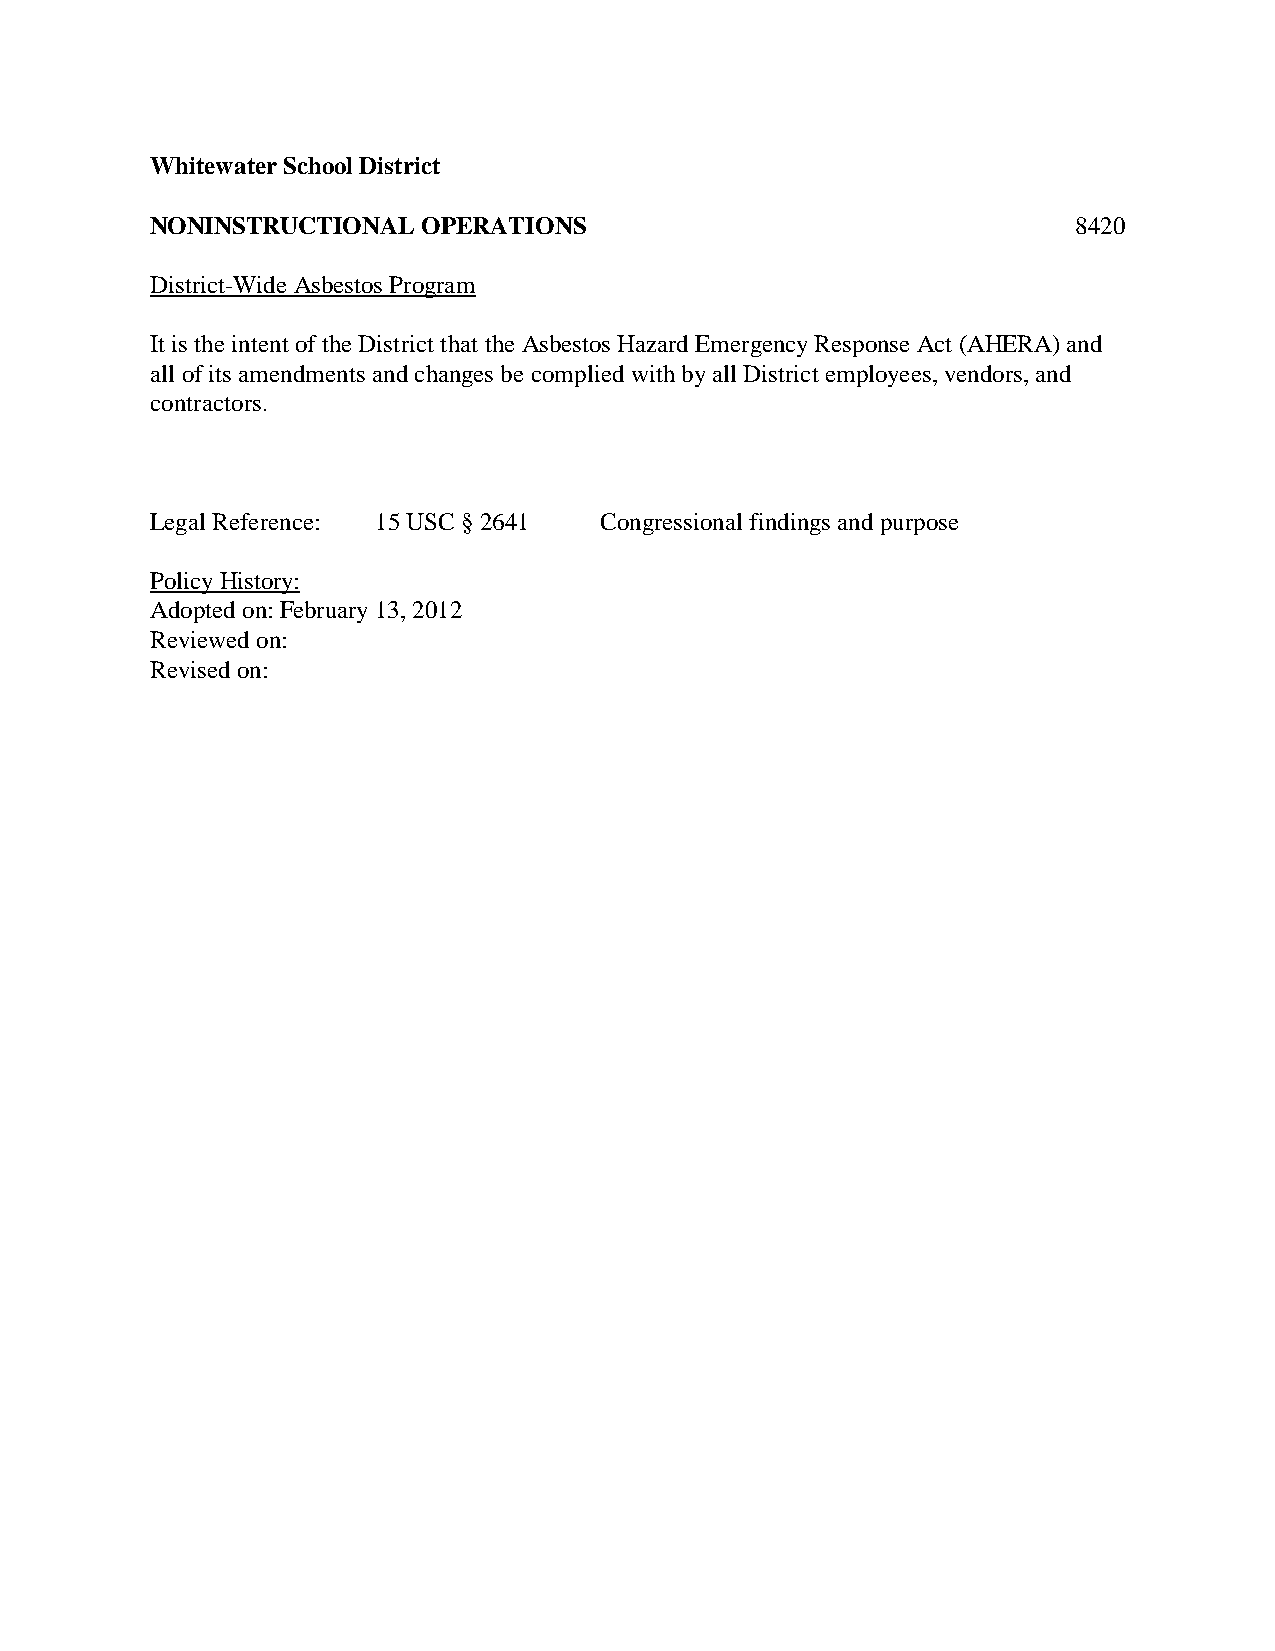
Whitewater School District
 NONINSTRUCTIONAL  OPERATIONS                                 8420
 District-Wide Asbestos Program
 It is the intent of the District that the Asbestos Hazard Emergency Response Act (AHERA) and
 all of its amendments and changes be complied with by all District employees, vendors, and
 contractors.
 Legal Reference: 15 USC § 2641 Congressional findings and purpose
 Policy History:
 Adopted on: February 13, 2012
 Reviewed on:
 Revised on: